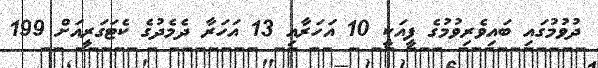
ދުވުމުގައި ބައިވެރިވުމުގެ ފީއަކީ 10 އަހަރާއި 13 އަހަރާ ދެމެދުގެ ކެޓަގަރީއަށް 199